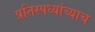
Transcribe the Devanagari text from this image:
प्रतिस्पर्ध्याच्याच